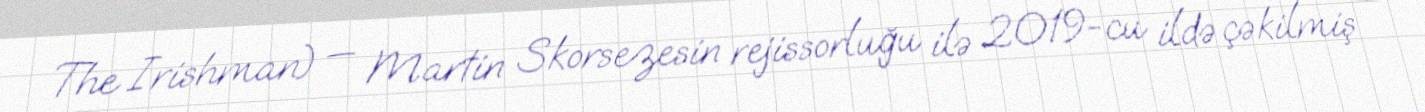
The Irishman) — Martin Skorsezesin rejissorluğu ilə 2019-cu ildə çəkilmiş